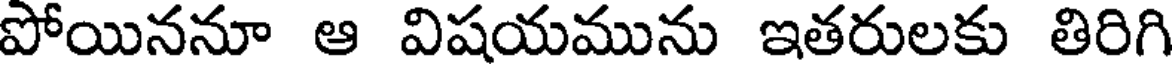
పోయిననూ ఆ విషయమును ఇతరులకు తిరిగి